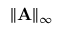
\| \mathbf { A } \| _ { \infty }